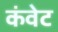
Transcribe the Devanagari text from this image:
कंवेट